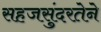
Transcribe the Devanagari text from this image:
सहजसुंदरतेने